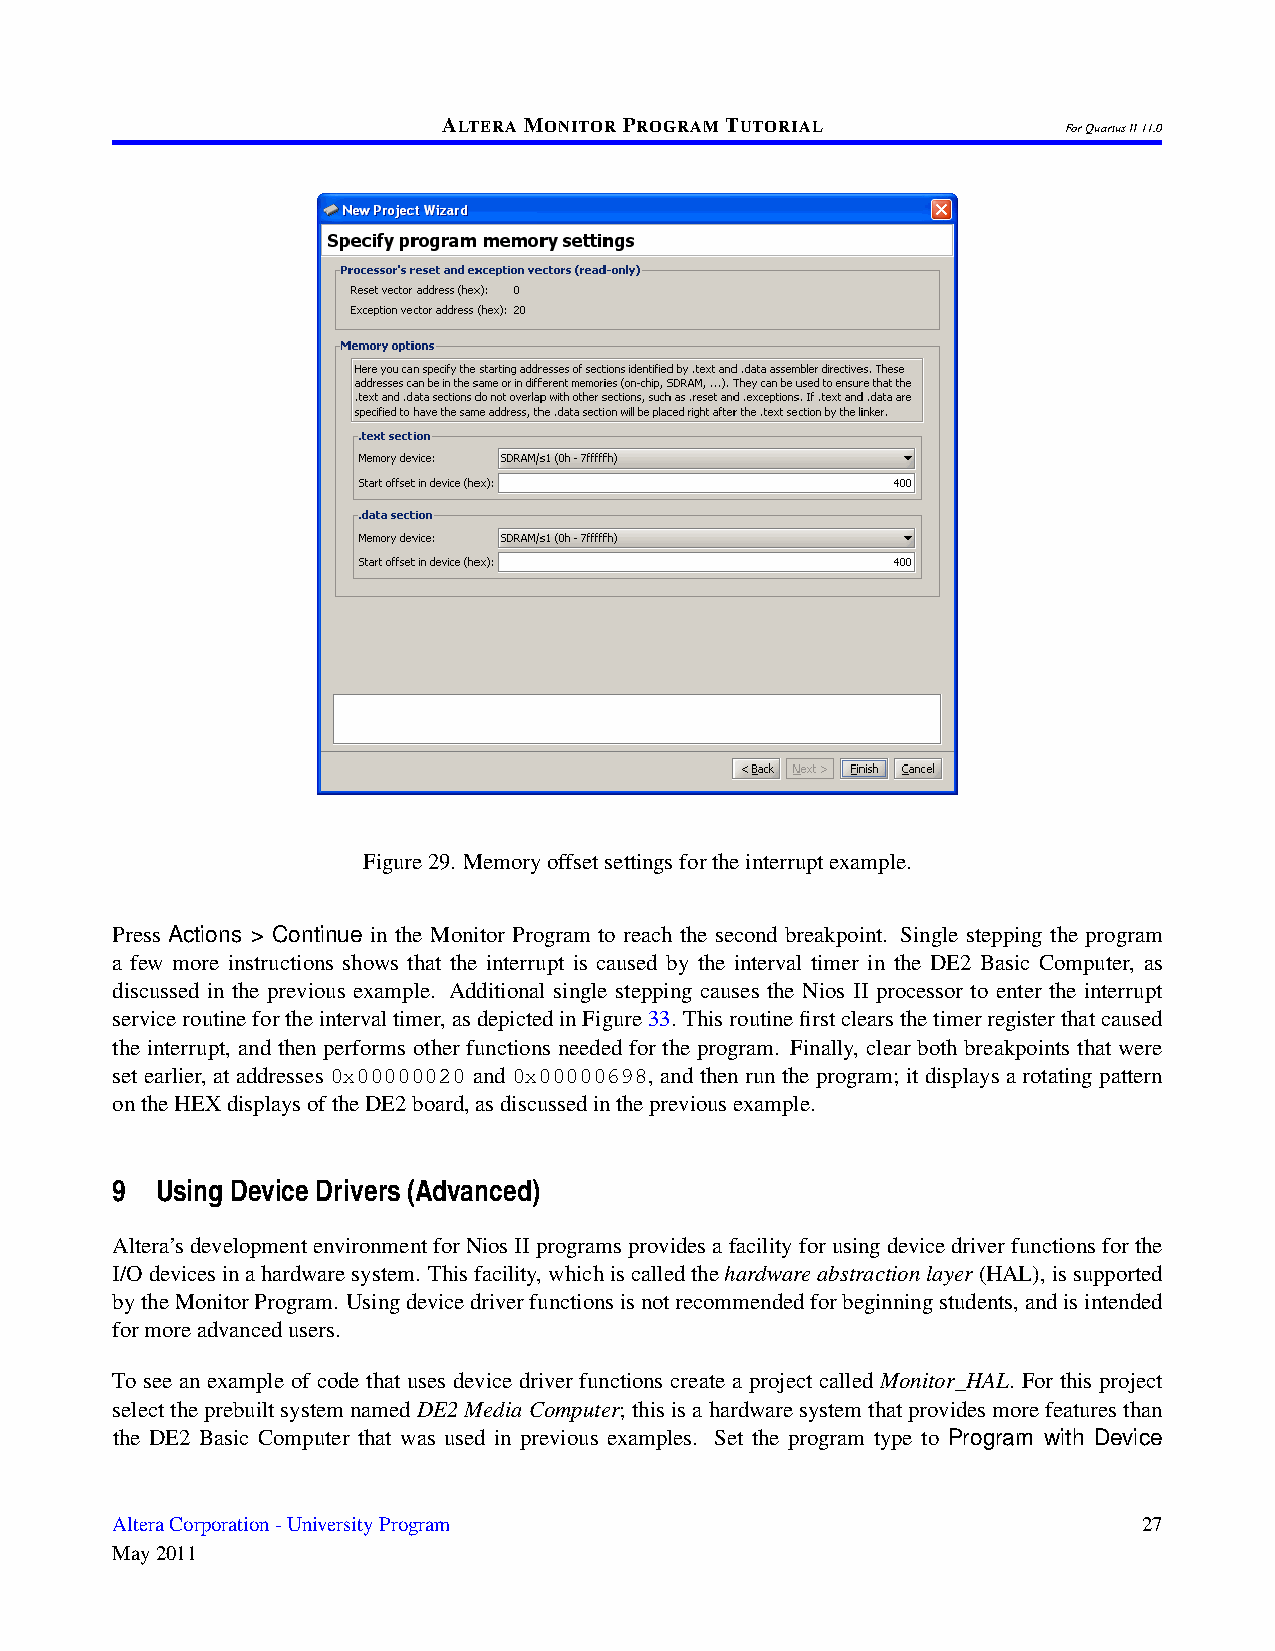
ALTERAMONITORPROGRAMTUTORIAL
 ForQuartusII11.0
 Figure29. Memoryoffsetsettingsfortheinterruptexample.
 Press Actions > Continue in the Monitor Program to reach the second breakpoint. Single stepping the program
 a few more instructions shows that the interrupt is caused by the interval timer in the DE2 Basic Computer, as
 discussed in the previous example. Additional single stepping causes the Nios II processor to enter the interrupt
 serviceroutinefortheintervaltimer,asdepictedinFigure33. Thisroutinefirstclearsthetimerregisterthatcaused
 the interrupt, and then performs other functions needed for the program. Finally, clear both breakpoints that were
 set earlier, at addresses 0x00000020 and 0x00000698, and then run the program; it displays a rotating pattern
 ontheHEXdisplaysoftheDE2board,asdiscussedinthepreviousexample.
 9  Using Device Drivers (Advanced)
 Altera’sdevelopmentenvironmentforNiosIIprogramsprovidesafacilityforusingdevicedriverfunctionsforthe
 I/Odevicesinahardwaresystem. Thisfacility,whichiscalledthehardwareabstractionlayer(HAL),issupported
 bytheMonitorProgram. Usingdevicedriverfunctionsisnotrecommendedforbeginningstudents,andisintended
 formoreadvancedusers.
 To see an example of code that uses device driver functions create a project called Monitor_HAL. For this project
 selecttheprebuiltsystemnamedDE2MediaComputer; thisisahardwaresystemthatprovidesmorefeaturesthan
 the DE2 Basic Computer that was used in previous examples. Set the program type to Program with Device
 AlteraCorporation-UniversityProgram                                  27
 May2011